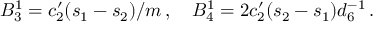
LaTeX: B _ { 3 } ^ { 1 } = c _ { 2 } ^ { \prime } ( s _ { 1 } - s _ { 2 } ) / m \, , \quad B _ { 4 } ^ { 1 } = 2 c _ { 2 } ^ { \prime } ( s _ { 2 } - s _ { 1 } ) d _ { 6 } ^ { - 1 } \, .